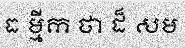
ធ ម្មីក ថា ដ៏ សម